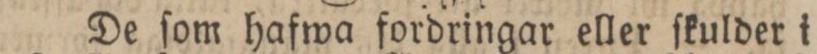
De ſom hafwa fordringar eller ſkulder i